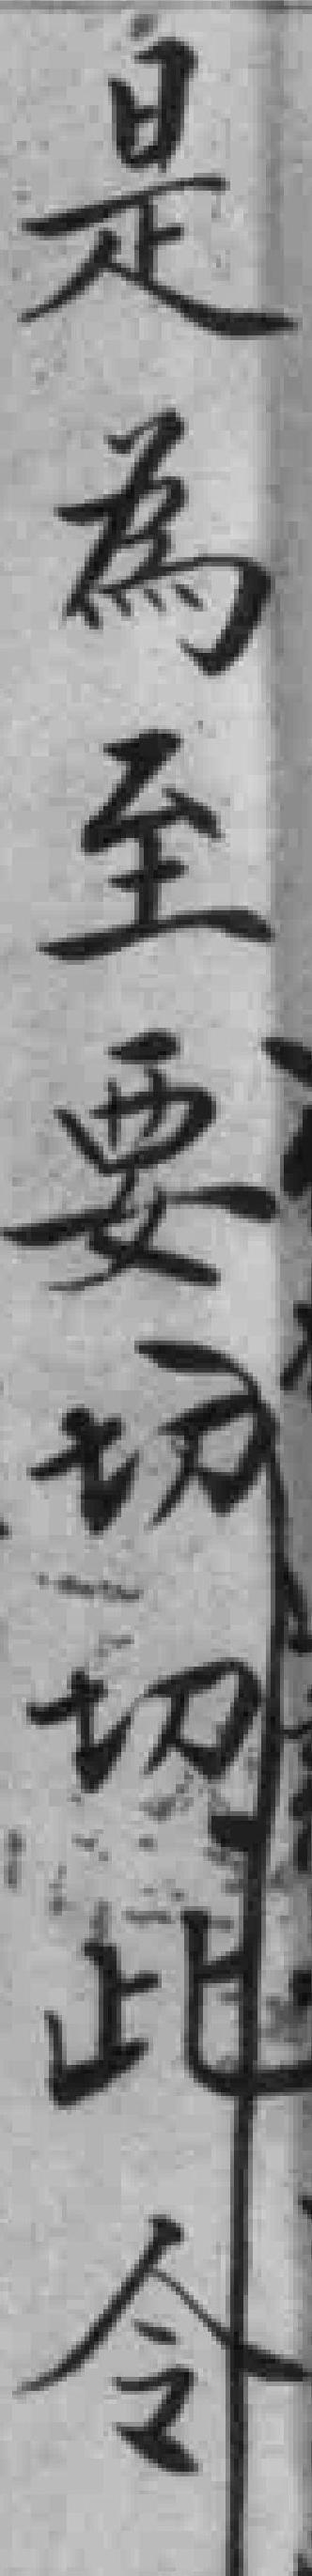
是為至要切切此令